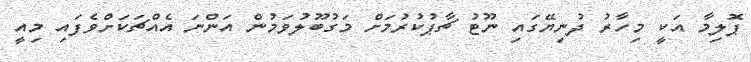
ޕޮލިމާ އަކީ މިހާރު ދުނިޔޭގައި ނޫޓު ޗާޕުކުރުމަށް މަގުބޫލުވަމުން އަންނަ އެއްޗަކަށްވެފައި މިއީ